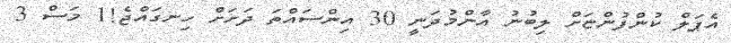
އެޕަލް ކުންފުންޏަށް ލިބުނު އާންމުދަނީ 30 އިންސައްތަ ދަށަށް ހިނގައްޖެ!1 މަސް 3